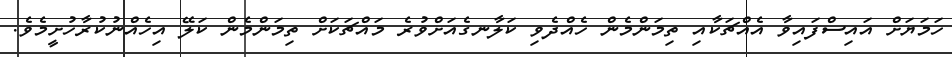
ހަމަޔަށް އައިސްފައިވާ އެއްޗަކާއި ތިމަންމެން ހެއްދެވި ކަލާނގެއަށްވުރެ މައްޗަކަށް ތިމަންމެން ކަލޭ އިހެއްނުކުރާހުށީމެވެ.